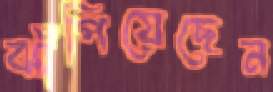
ঝাঁপিয়েছেন